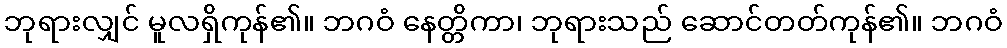
ဘုရားလျှင် မူလရှိကုန်၏။ ဘဂဝံ နေတ္တိကာ၊ ဘုရားသည် ဆောင်တတ်ကုန်၏။ ဘဂဝံ